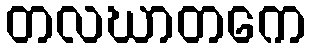
တလဃာတကေ